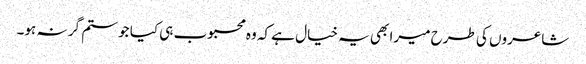
شاعروں کی طرح میرا بھی یہ خیال ہے کہ وہ محبوب ہی کیا جو ستم گر نہ ہو۔